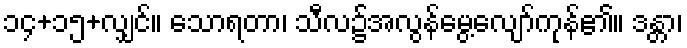
၁၄+၁၅+လျှင်။ သောရတာ၊ သီလ၌အလွန်မွေ့လျော်ကုန်၏။ ဒန္တာ၊